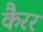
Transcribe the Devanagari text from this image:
कैरर